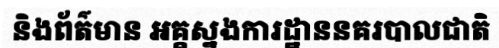
និងព័ត៌មាន អគ្គស្នងការដ្ឋាននគរបាលជាតិ